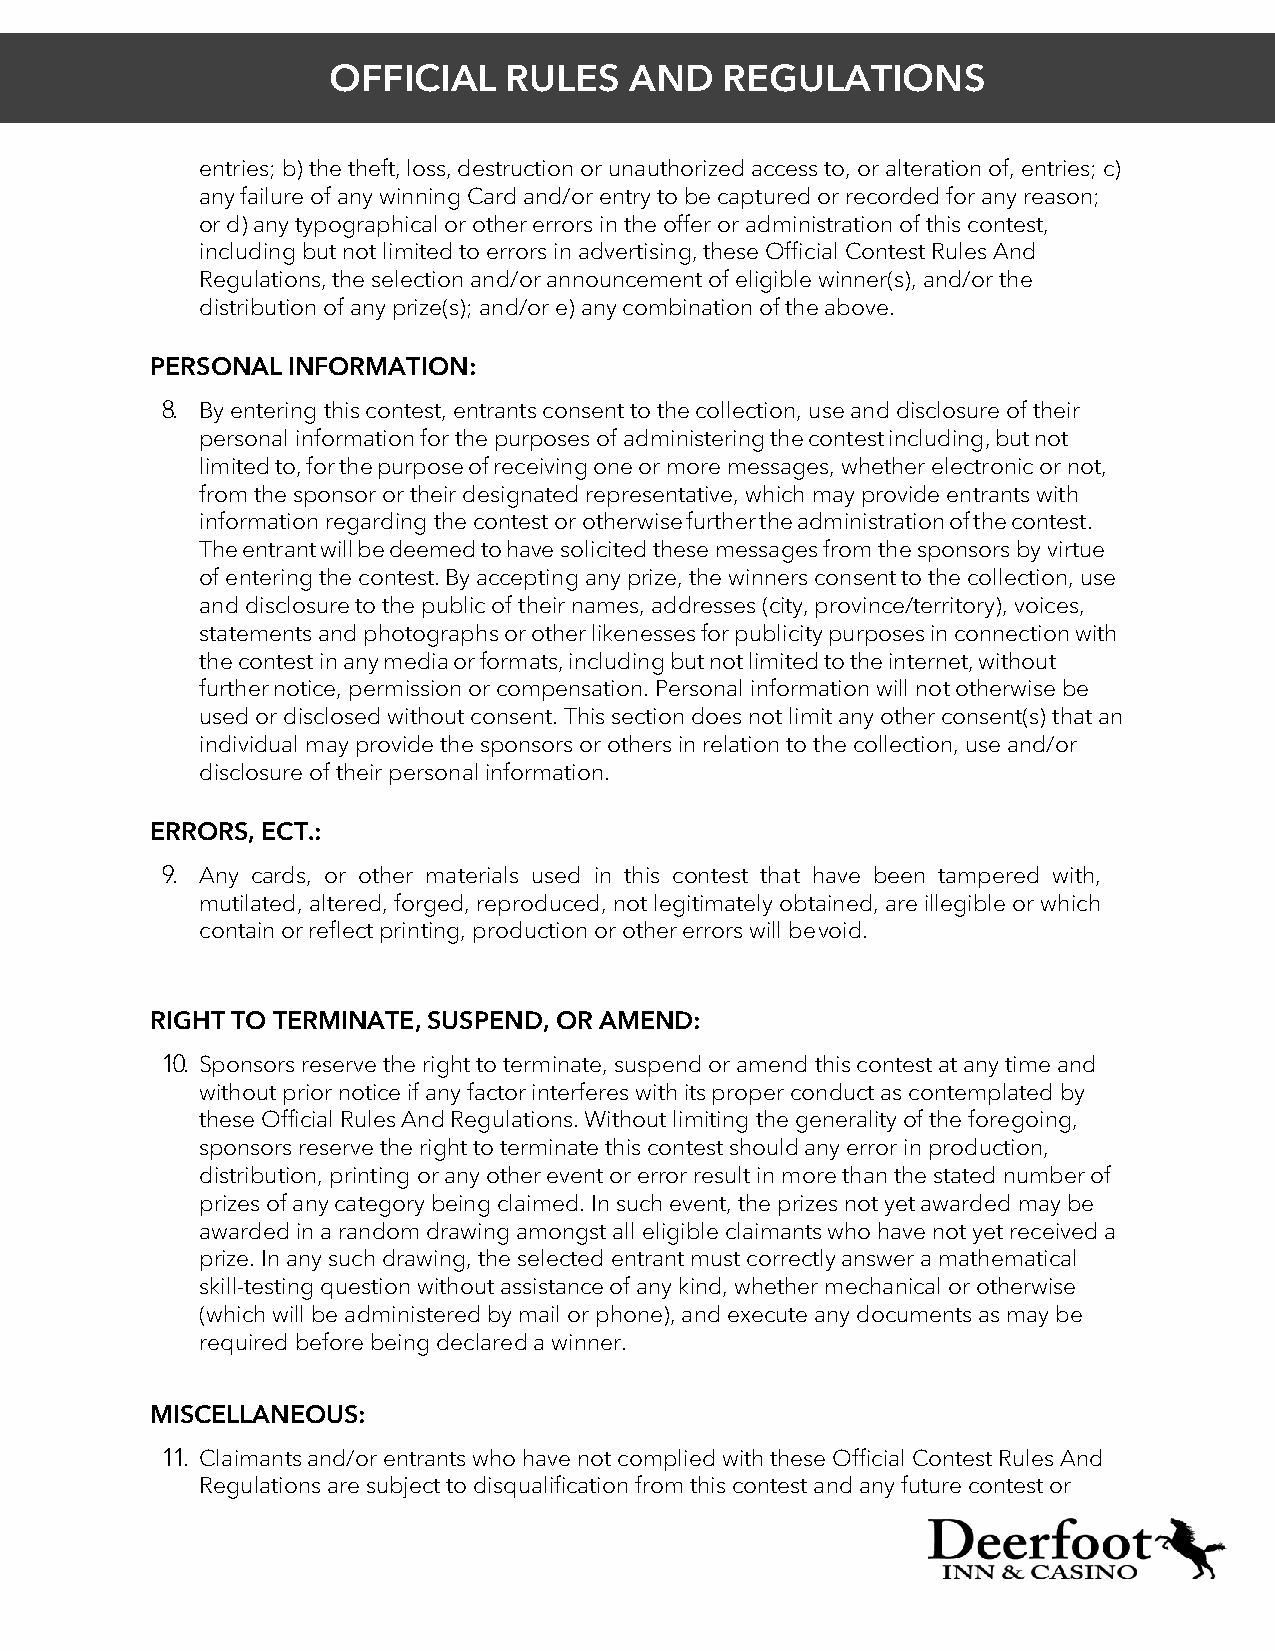
OFFICIAL   RULES    AND   REGULATIONS
 entries; b) the theft, loss, destruction or unauthorized access to, or alteration of, entries; c)
 any failure of any winning Card and/or entry to be captured or recorded for any reason;
 or d) any typographical or other errors in the offer or administration of this contest,
 including but not limited to errors in advertising, these Official Contest Rules And
 Regulations, the selection and/or announcement of eligible winner(s), and/or the
 distribution of any prize(s); and/or e) any combination of the above.
 PERSONAL INFORMATION:
 8. By entering this contest, entrants consent to the collection, use and disclosure of their
 personal information for the purposes of administering the contest including, but not
 limited to, for the purpose of receiving one or more messages, whether electronic or not,
 from the sponsor or their designated representative, which may provide entrants with
 information regarding the contest or otherwise further the administration of the contest.
 The entrant will be deemed to have solicited these messages from the sponsors by virtue
 of entering the contest. By accepting any prize, the winners consent to the collection, use
 and disclosure to the public of their names, addresses (city, province/territory), voices,
 statements and photographs or other likenesses for publicity purposes in connection with
 the contest in any media or formats, including but not limited to the internet, without
 further notice, permission or compensation. Personal information will not otherwise be
 used or disclosed without consent. This section does not limit any other consent(s) that an
 individual may provide the sponsors or others in relation to the collection, use and/or
 disclosure of their personal information.
 ERRORS, ECT.:
 9. Any cards, or other materials used in this contest that have been tampered with,
 mutilated, altered, forged, reproduced, not legitimately obtained, are illegible or which
 contain or reflect printing, production or other errors will be void.
 RIGHT TO TERMINATE, SUSPEND, OR AMEND:
 10. Sponsors reserve the right to terminate, suspend or amend this contest at any time and
 without prior notice if any factor interferes with its proper conduct as contemplated by
 these Official Rules And Regulations. Without limiting the generality of the foregoing,
 sponsors reserve the right to terminate this contest should any error in production,
 distribution, printing or any other event or error result in more than the stated number of
 prizes of any category being claimed. In such event, the prizes not yet awarded may be
 awarded in a random drawing amongst all eligible claimants who have not yet received a
 prize. In any such drawing, the selected entrant must correctly answer a mathematical
 skill-testing question without assistance of any kind, whether mechanical or otherwise
 (which will be administered by mail or phone), and execute any documents as may be
 required before being declared a winner.
 MISCELLANEOUS:
 11. Claimants and/or entrants who have not complied with these Official Contest Rules And
 Regulations are subject to disqualification from this contest and any future contest or